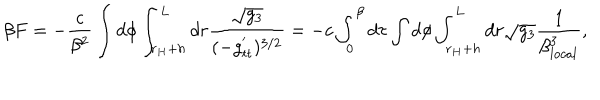
LaTeX: \beta F = - \frac { c } { \beta ^ { 2 } } \int d \phi \int _ { r _ { H } + h } ^ { L } d r \frac { \sqrt { g _ { 3 } } } { ( - g _ { t t } ^ { ' } ) ^ { 3 / 2 } } = - c \int _ { 0 } ^ { \beta } d \tau \int d \phi \int _ { r _ { H } + h } ^ { L } d r \sqrt { g _ { 3 } } \frac { 1 } { \beta _ { l o c a l } ^ { 3 } } ,